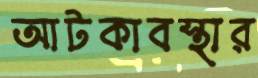
আটকাবস্থার